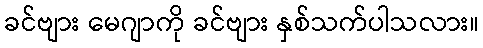
ခင်ဗျား မေဂျာကို ခင်ဗျား နှစ်သက်ပါသလား။